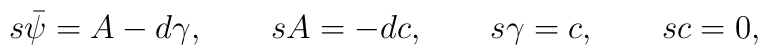
s{\bar\psi}=A-d{\gamma},\quad\quad sA=-dc,\quad\quad s\gamma=c,\quad\quad sc=0,